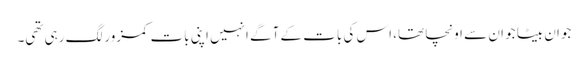
جوان بیٹا جو ان سے اونچا تھا، اس کی بات کے آگے انہیں اپنی بات کمزور لگ رہی تھی۔